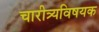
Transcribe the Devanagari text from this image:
चारीत्र्यविषयक